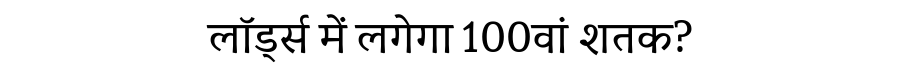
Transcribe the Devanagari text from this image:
लॉर्ड्स में लगेगा 100वां शतक?